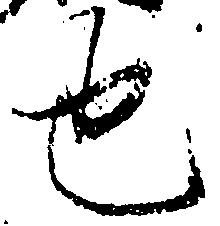
也